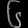
Digit: ၆